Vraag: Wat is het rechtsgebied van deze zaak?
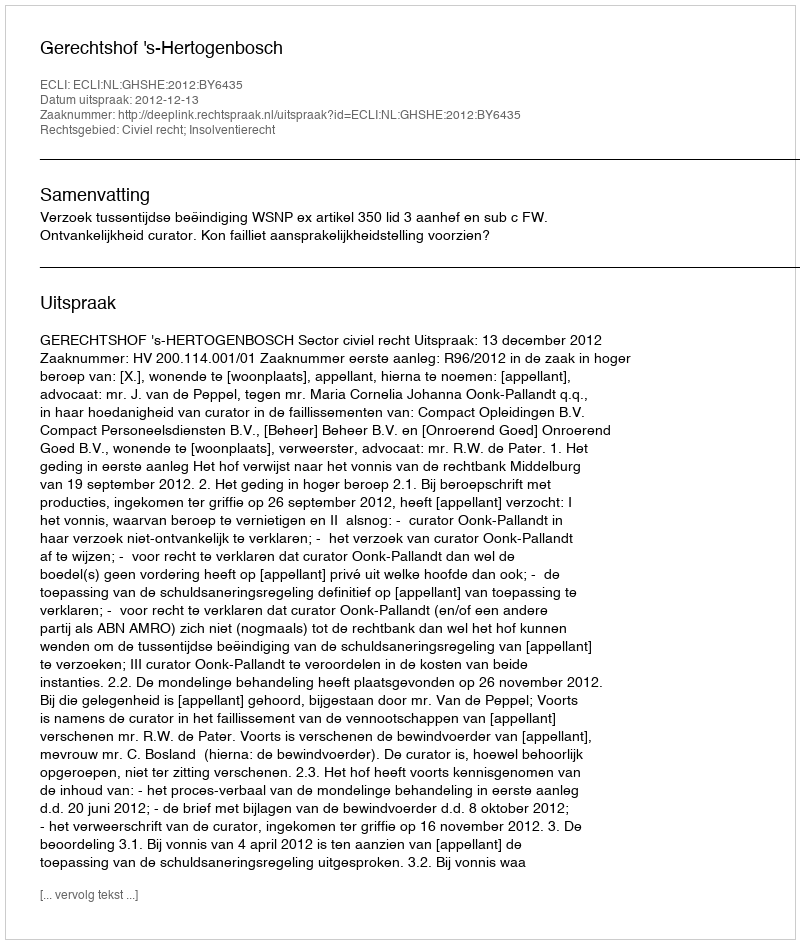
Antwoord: Civiel recht; Insolventierecht